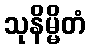
သုနိမ္မိတံ